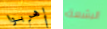
إهربوا البشعة